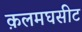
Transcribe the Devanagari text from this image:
क़लमघसीट